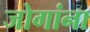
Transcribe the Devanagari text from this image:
जोगांना